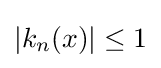
|k_{n}(x)|\leq 1